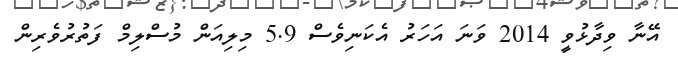
އޭނާ ވިދާޅުވީ 2014 ވަނަ އަހަރު އެކަނިވެސް 5.9 މިލިއަން މުސްލިމް ފަތުރުވެރިން